Annual statistical returns and brief notes on vaccination in Bengal - 1896-1909
Year: 1896
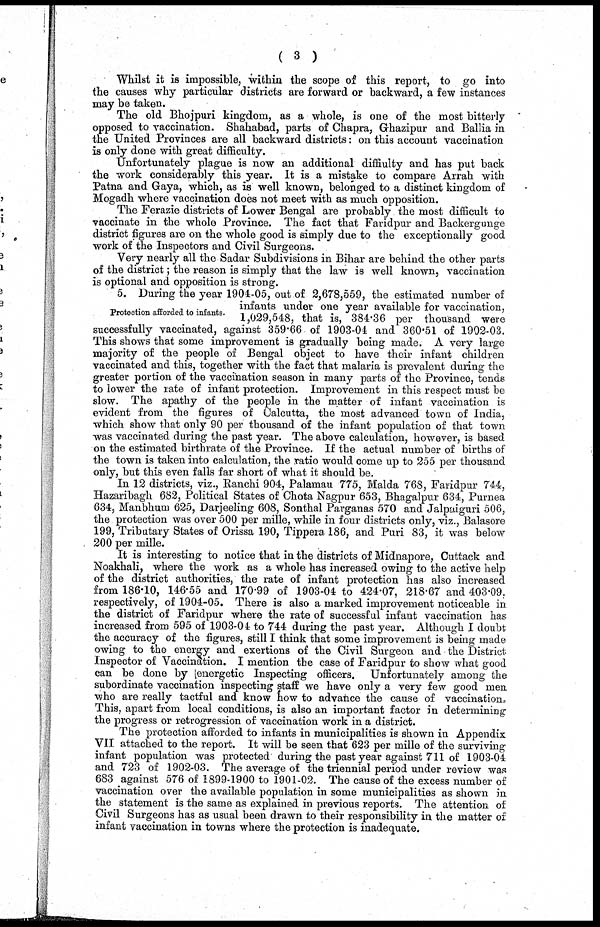
( 3 )
Whilst it is impossible, within the scope of this report, to go into
the causes why particular districts are forward or backward, a few instances
may be taken.
The old Bhojpuri kingdom, as a whole, is one of the most bitterly
opposed to vaccination. Shahabad, parts of Chapra, Ghazipur and Ballia in
the United Provinces are all backward districts: on this account vaccination
is only done with great difficulty.
Unfortunately plague is now an additional diffiulty and has put back
the work considerably this year. It is a mistake to compare Arrah with
Patna and Gaya, which, as is well known, belonged to a distinct kingdom of
Mogadh where vaccination does not meet with as much opposition.
The Ferazie districts of Lower Bengal are probably the most difficult to
vaccinate in the whole Province. The fact that Faridpur and Backergunge
district figures are on the whole good is simply due to the exceptionally good
work of the Inspectors and Civil Surgeons.
Very nearly all the Sadar Subdivisions in Bihar are behind the other parts
of the district; the reason is simply that the law is well known, vaccination
is optional and opposition is strong.
Protection afforded to infants.
5. During the year 1904-05, out of 2,678,559, the estimated number of
infants under one year available for vaccination,
1,029,548, that is, 384.36 per thousand were
successfully vaccinated, against 359.66 of 1903-04 and 360.51 of 1902-03.
This shows that some improvement is gradually being made. A very large
majority of the people of Bengal object to have their infant children
vaccinated and this, together with the fact that malaria is prevalent during the
greater portion of the vaccination season in many parts of the Province, tends
to lower the rate of infant protection. Improvement in this respect must be
slow. The apathy of the people in the matter of infant vaccination is
evident from the figures of Calcutta, the most advanced town of India,
which show that only 90 per thousand of the infant population of that town
was vaccinated during the past year. The above calculation, however, is based
on the estimated birthrate of the Province. If the actual number of births of
the town is taken into calculation, the ratio would come up to 255 per thousand
only, but this even falls far short of what it should be.
In 12 districts, viz., Ranchi 904, Palamau 775, Malda 768, Faridpur 744,
Hazaribagh 682, Political States of Chota Nagpur 653, Bhagalpur 634, Purnea
634, Manbhum 625, Darjeeling 608, Sonthal Parganas 570 and Jalpaiguri 506,
the protection was over 500 per mille, while in four districts only, viz., Balasore
199, Tributary States of Orissa 190, Tippera 186, and Puri 83, it was below
200 per mille.
It is interesting to notice that in the districts of Midnapore, Cuttack and
Noakhali, where the work as a whole has increased owing to the active help
of the district authorities, the rate of infant protection has also increased
from 186.10, 146.55 and 170.99 of 1903-04 to 424.07, 218.67 and 403.09,
respectively, of 1904-05. There is also a marked improvement noticeable in
the district of Faridpur where the rate of successful infant vaccination has
increased from 595 of 1903-04 to 744 during the past year. Although I doubt
the accuracy of the figures, still I think that some improvement is being made
owing to the energy and exertions of the Civil Surgeon and the District
Inspector of Vaccination. I mention the case of Faridpur to show what good
can be done by energetic Inspecting officers. Unfortunately among the
subordinate vaccination inspecting staff we have only a very few good men
who are really tactful and know how to advance the cause of vaccination.
This, apart from local conditions, is also an important factor in determining
the progress or retrogression of vaccination work in a district.
The protection afforded to infants in municipalities is shown in Appendix
VII attached to the report. It will be seen that 623 per mille of the surviving
infant population was protected during the past year against 711 of 1903-04
and 723 of 1902-03. The average of the triennial period under review was
683 against 576 of 1899-1900 to 1901-02. The cause of the excess number of
vaccination over the available population in some municipalities as shown in
the statement is the same as explained in previous reports. The attention of
Civil Surgeons has as usual been drawn to their responsibility in the matter of
infant vaccination in towns where the protection is inadequate.